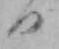
日